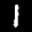
Label: 1